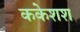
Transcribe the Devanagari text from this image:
ककेशश